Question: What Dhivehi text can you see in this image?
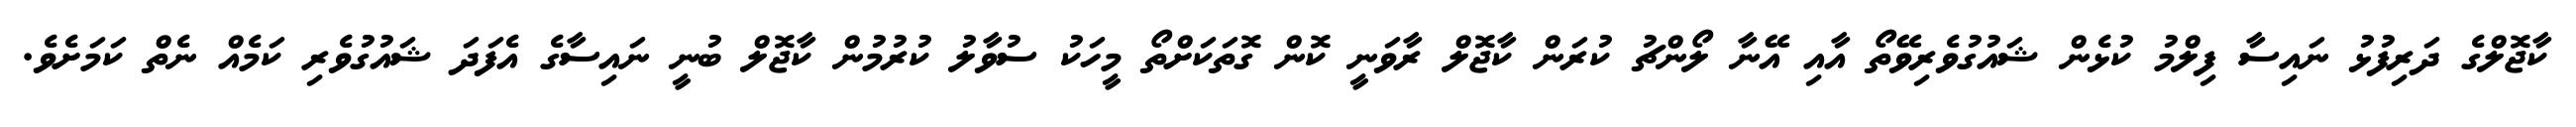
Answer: ކާޖޮލްގެ ދަރިފުޅު ނައިސާ ފިލްމު ކުޅެން ޝައުގުވެރިވޭތޯ އާއި އޭނާ ލޯންޗު ކުރަން ކާޖޮލް ރާވަނީ ކޮން ގޮތަކަށްތޯ މީހަކު ސުވާލު ކުރުމުން ކާޖޮލް ބުނީ ނައިސާގެ އެފަދަ ޝައުގުވެރި ކަމެއް ނެތް ކަމަށެވެ.